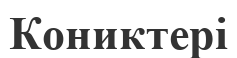
Кониктері